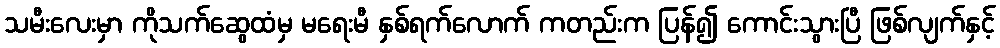
သမီးလေးမှာ ကိုသက်ဆွေထံမှ မရေးမီ နှစ်ရက်လောက် ကတည်းက ပြန်၍ ကောင်းသွားပြီ ဖြစ်လျက်နှင့်